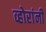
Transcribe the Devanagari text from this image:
व्होरांनी